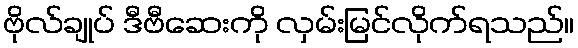
ဗိုလ်ချုပ် ဒီဗီဆေးကို လှမ်းမြင်လိုက်ရသည်။